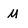
Character: M